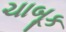
ચાબૂક